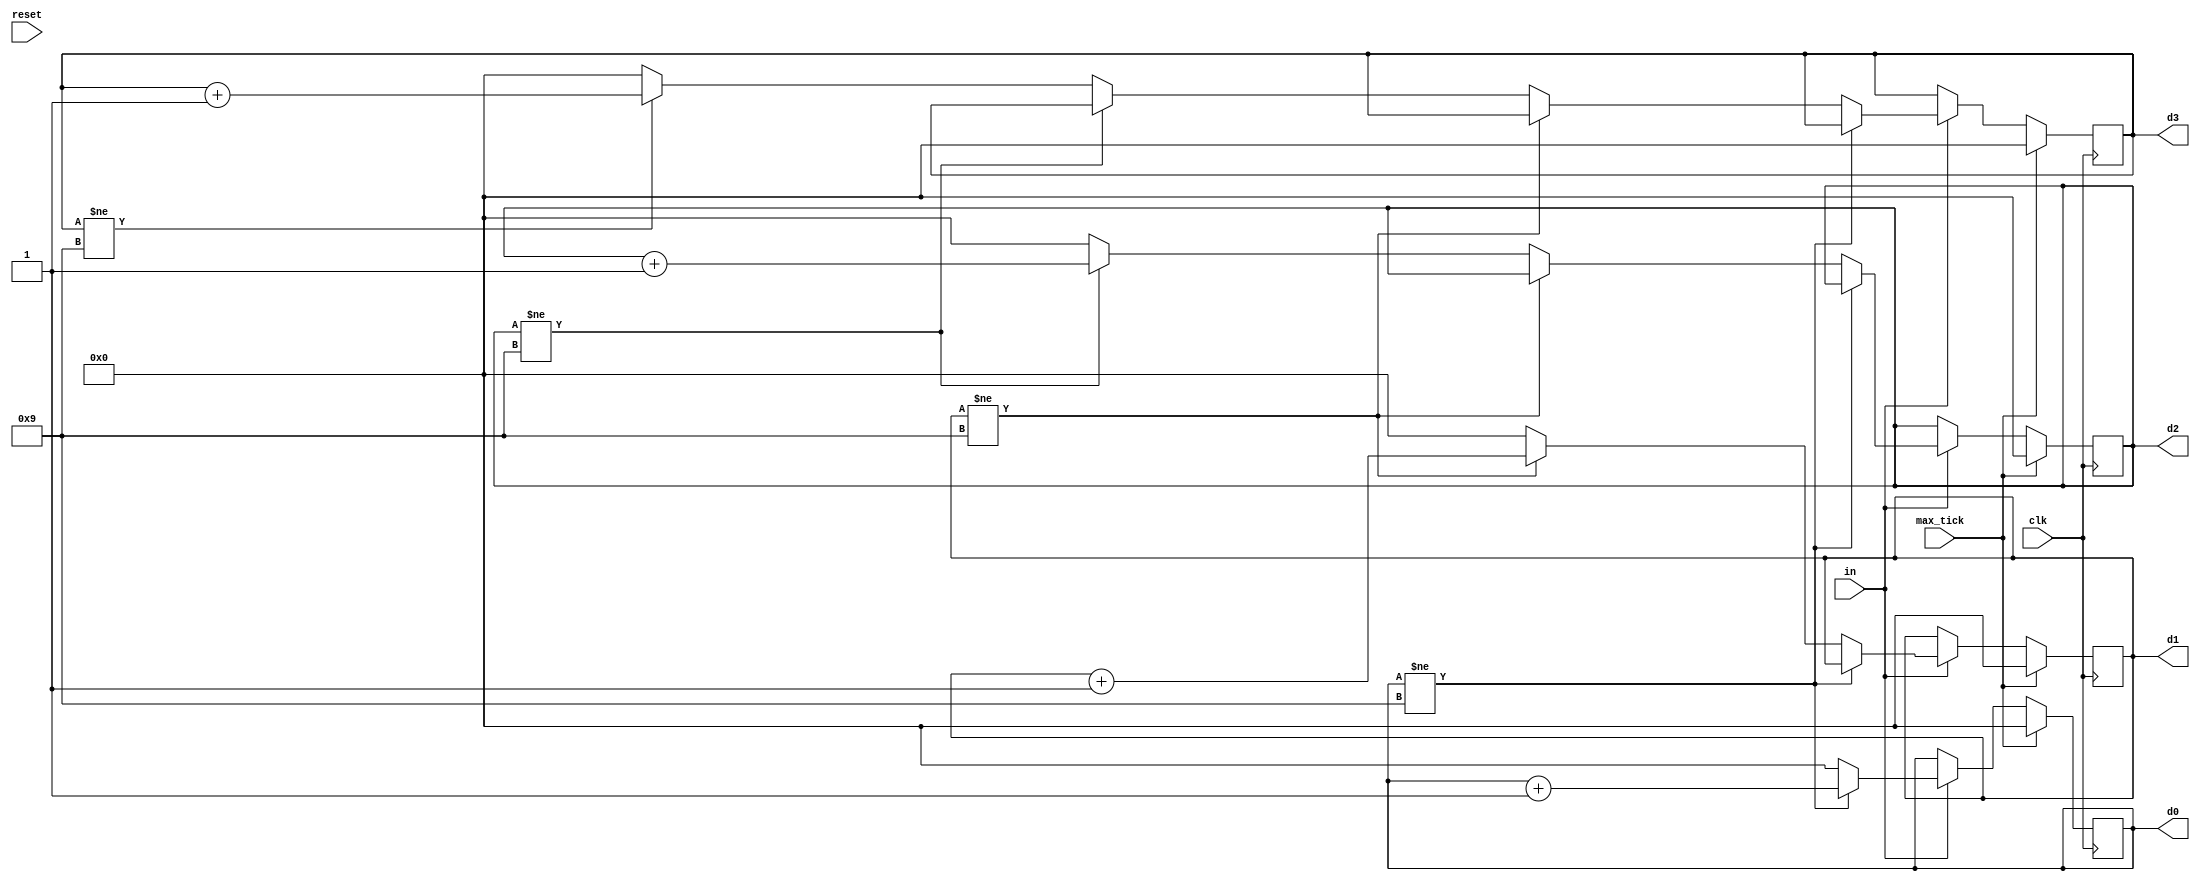
//MODULE TO COUNT THE NUMBER OF TIMES THE SEQUENCE '00011' IS DETECTED BY THE FSM
module Seq_Count
    (
    input wire clk, reset, in, max_tick, //INPUT 'in' FROM THE FSM IS 1 WHEN THE SEQUENCE HAS BEEN FOUND AND 0 OTHERWISE
    //output reg [9:0] count //THE 10-BIT OUTPUT REGISTER FOR THE COUNTER
    output wire [3:0] d3, d2, d1, d0
    );

    //reg [23:0] count_reg;
    //wire [23:0] next_count;
    reg [3:0] d3_reg, d2_reg, d1_reg, d0_reg;
    reg [3:0] d3_next, d2_next, d1_next, d0_next;
    
   always @(posedge clk)
    begin
       //count_reg <= next_count;
       d3_reg <= d3_next;
       d2_reg <= d2_next;
       d1_reg <= d1_next;
       d0_reg <= d0_next;
    end
    
   always @*
    begin
       d0_next = d0_reg;
       d1_next = d1_reg;
       d2_next = d2_reg;
       d3_next = d3_reg;
       
       if (max_tick)
          begin
             d0_next = 4'b0;
             d1_next = 4'b0;
             d2_next = 4'b0;
             d3_next = 4'b0;
          end
          
       else if (in)
          if (d0_reg != 9)
             d0_next = d0_reg + 1;
          else
             begin
                d0_next = 4'b0;
                if (d1_reg != 9)
                   d1_next = d1_reg + 1;
                else
                   begin
                      d1_next = 4'b0;
                      if (d2_reg != 9)
                         d2_next = d2_reg + 1;
                      else
                         begin
                             d2_next = 4'b0;
                             if(d3_reg != 9)
                                 d3_next = d3_reg + 1;
                             else 
                                 d3_next = 4'b0;
                         end
                   end
             end
    end
 
    // output logic
    assign d0 = d0_reg;
    assign d1 = d1_reg;
    assign d2 = d2_reg;
    assign d3 = d3_reg;
    
endmodule